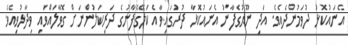
އެނައުކޮޅު ދުވަމުންދެއެވެ. އަދި ނޫޙުގެފާނު އެނައުކޮޅާ ދުރުގައިވާ އެކަލޭގެފާނުގެ ދަރިކަލުންނަށް ގޮވާލައްވައި ވިދާޅުވިއެވެ.